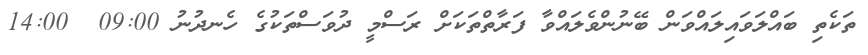
ތަކެތި ބައްލަވައިލައްވަން ބޭނުންވެލައްވާ ފަރާތްތަކަށް ރަސްމީ ދުވަސްތަކުގެ ހެނދުނު 09:00  14:00